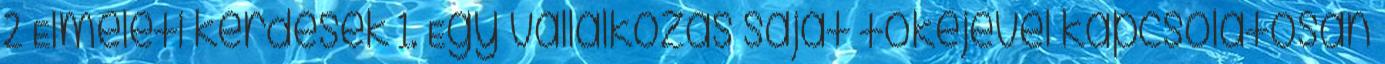
2 Elméleti kérdések 1. Egy vállalkozás saját tőkéjével kapcsolatosan